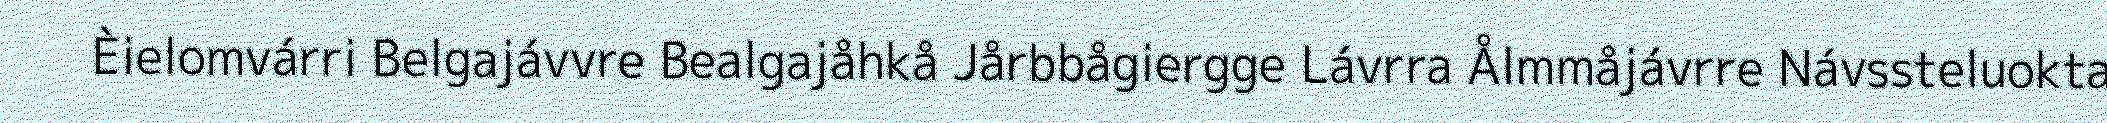
Èielomvárri Belgajávvre Bealgajåhkå Jårbbågiergge Lávrra Ålmmåjávrre Návssteluokta